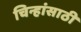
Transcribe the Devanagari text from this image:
चिन्हांसाठी